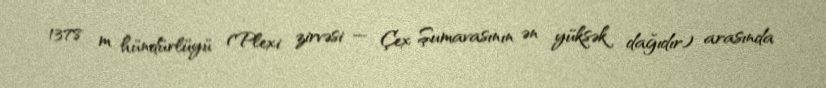
1378 m hündürlüyü (Plexi zirvəsi — Çex Şumavasının ən yüksək dağıdır) arasında